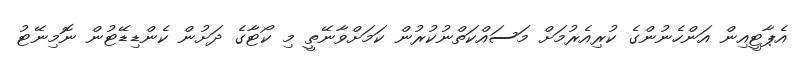
އެޕާޓީއިން އަންހެނުންގެ ކުރިއެރުމަށް މަސައްކަތްނުކުރުން ކަމަށްވާނޭތީ މި ކޯޓާގެ ދަށުން ކެންޑިޑޭޓުން ނޮމިނޭޓު